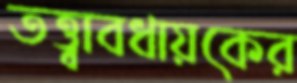
তত্ত্বাবধায়কের